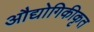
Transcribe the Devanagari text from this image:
औद्योगिकीकृत